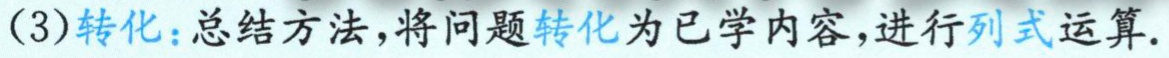
(3)转化：总结方法，将问题转化为已学内容，进行列式运算.